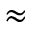
\approx